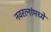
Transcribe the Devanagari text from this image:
नवरत्‍नांमध्ये